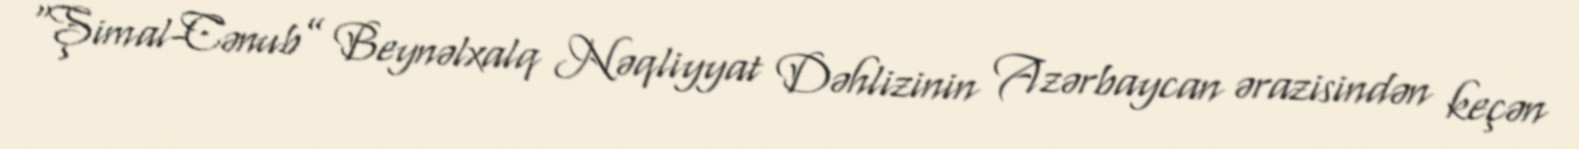
“Şimal-Cənub” Beynəlxalq Nəqliyyat Dəhlizinin Azərbaycan ərazisindən keçən